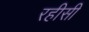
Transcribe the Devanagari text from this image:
रहीसी